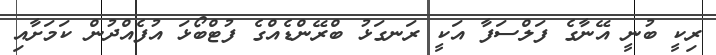
ރިކީ ބުނީ އޭނާގެ ފަލްސަފާ އަކީ ރަނގަޅު ބްރޭންޑެއްގެ ފުޓްބޯޅަ އުފެއްދުން ކަމަށާއި